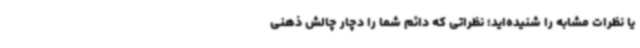
یا نظرات مشابه را شنیده‌اید؛ نظراتی که دائم شما را دچار چالش ذهنی